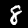
Label: 8